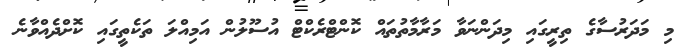
މި މަދަރުސާގެ ތިރީގައި މިދަންނަވާ މަރާމާތުތައް ކޮންޓްރެކްޓް އުސޫލުން އަމިއްލަ ތަކެތީގައި ކޮށްދެއްވާނެ